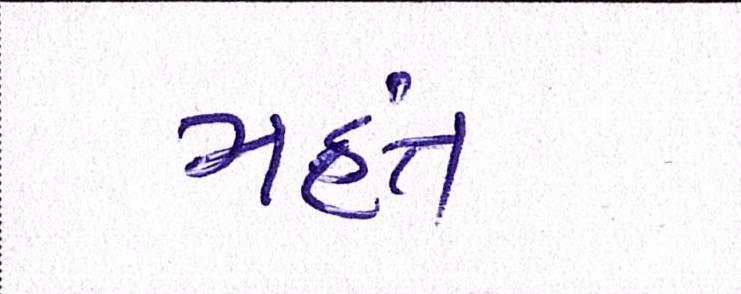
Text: મંહત